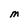
Character: M